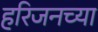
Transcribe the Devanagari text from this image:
हरिजनच्या